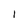
Character: I